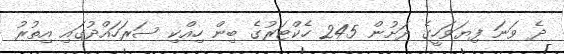
ދެ ވަނަ ފިޔަވަހީގެ ދަށުން 245 ހެކްޓަރުގެ ބިން ހިއްކި ސަރަހައްދުގައި އިތުރު